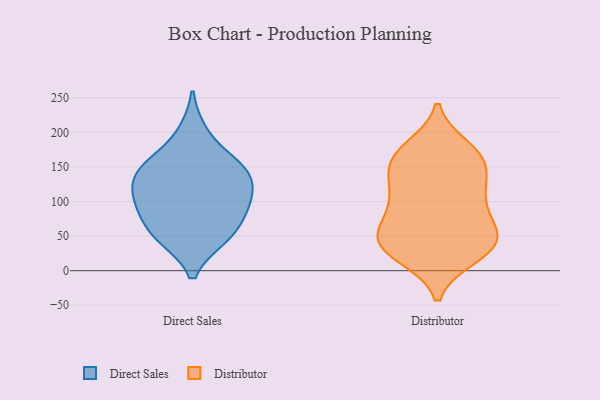
{"axis": {"x": "Population (Million)", "y": "Value"}, "legend": ["Direct Sales", "Distributor"], "data": [{"x": "", "y": 48, "type": "Direct Sales"}, {"x": "", "y": 152, "type": "Direct Sales"}, {"x": "", "y": 91, "type": "Direct Sales"}, {"x": "", "y": 148, "type": "Direct Sales"}, {"x": "", "y": 98, "type": "Direct Sales"}, {"x": "", "y": 141, "type": "Direct Sales"}, {"x": "", "y": 200, "type": "Direct Sales"}, {"x": "", "y": 49, "type": "Direct Sales"}, {"x": "", "y": 118, "type": "Direct Sales"}, {"x": "", "y": 53, "type": "Direct Sales"}, {"x": "", "y": 150, "type": "Direct Sales"}, {"x": "", "y": 113, "type": "Direct Sales"}, {"x": "", "y": 85, "type": "Direct Sales"}, {"x": "", "y": 168, "type": "Distributor"}, {"x": "", "y": 134, "type": "Distributor"}, {"x": "", "y": 163, "type": "Distributor"}, {"x": "", "y": 90, "type": "Distributor"}, {"x": "", "y": 34, "type": "Distributor"}, {"x": "", "y": 42, "type": "Distributor"}, {"x": "", "y": 110, "type": "Distributor"}, {"x": "", "y": 23, "type": "Distributor"}, {"x": "", "y": 39, "type": "Distributor"}, {"x": "", "y": 165, "type": "Distributor"}, {"x": "", "y": 51, "type": "Distributor"}, {"x": "", "y": 177, "type": "Distributor"}, {"x": "", "y": 55, "type": "Distributor"}, {"x": "", "y": 118, "type": "Distributor"}, {"x": "", "y": 70, "type": "Distributor"}, {"x": "", "y": 161, "type": "Distributor"}, {"x": "", "y": 21, "type": "Distributor"}, {"x": "", "y": 85, "type": "Distributor"}, {"x": "", "y": 129, "type": "Distributor"}, {"x": "", "y": 36, "type": "Distributor"}]}